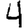
Digit: 4